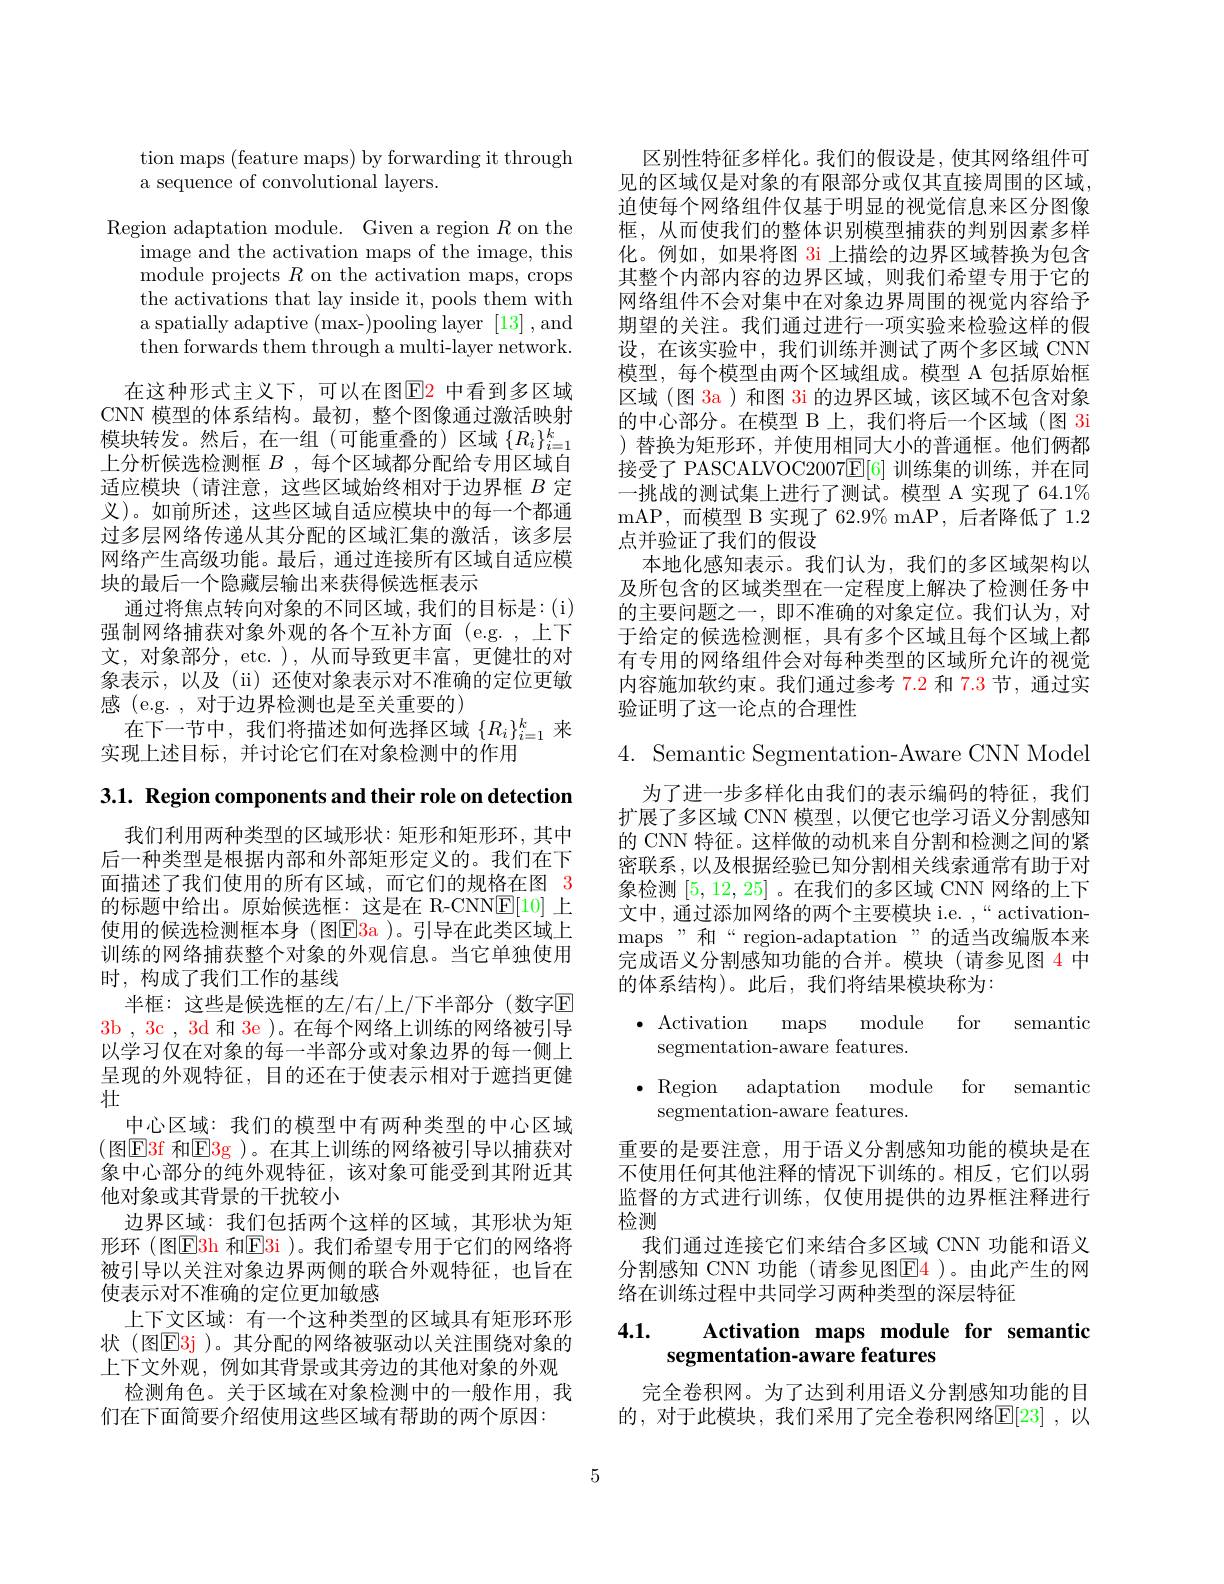
tion maps (feature maps) by forwarding it through
a sequence of convolutional layers.

Region adaptation module. Given a region $R$ on the
image and the activation maps of the image, this module projects $R$ on the activation maps, crops the activations that lay inside it, pools them with a spatially adaptive (max-)pooling layer [13],and then forwards them through a multi-layer network.
在这种形式主义下，可以在图$\color{red}{\mathrm{E}}\color{blue}{\mathrm{P}}$中看到多区域CNN 模型的体系结构。最初，整个图像通过激活映射模块转发。然后，在一组(可能重叠的)区域$\{R_i\}_i=1^k$ 上分析候选检测框$B$ ,每个区域都分配给专用区域自适应模块(请注意，这些区域始终相对于边界框$B$定义)。如前所述，这些区域自适应模块中的每一个都通过多层网络传递从其分配的区域汇集的激活，该多层网络产生高级功能。最后，通过连接所有区域自适应模块的最后一个隐藏层输出来获得候选框表示
通过将焦点转向对象的不同区域，我们的目标是：(i) 强制网络捕获对象外观的各个互补方面(e.g. ,上下文，对象部分，etc. ), 从而导致更丰富，更健壮的对象表示，以及(ii)还使对象表示对不准确的定位更敏感 (e.g. , 对于边界检测也是至关重要的)
在下一节中，我们将描述如何选择区域$\{R_i\}_{i=1}^k$来
实现上述目标，并讨论它们在对象检测中的作用

3.1. Region components and their role on detection

我们利用两种类型的区域形状：矩形和矩形环，其中后一种类型是根据内部和外部矩形定义的。我们在下面描述了我们使用的所有区域，而它们的规格在图 3的标题中给出。原始候选框：这是在 R-CNN$\underline{\mathrm{E}}[10]$上使用的候选检测框本身(图E3a)。引导在此类区域上训练的网络捕获整个对象的外观信息。当它单独使用时，构成了我们工作的基线
半框：这些是候选框的左/右/上/下半部分(数字$\mathbb{E}$ 3b , 3c , 3d 和 3e )。在每个网络上训练的网络被引导以学习仅在对象的每一半部分或对象边界的每一侧上呈现的外观特征，目的还在于使表示相对于遮挡更健壮
中心区域：我们的模型中有两种类型的中心区域(图$\color{red}{\mathrm{E3f}}$ 和$\color{red}{\mathrm{E3g}}$)。在其上训练的网络被引导以捕获对象中心部分的纯外观特征，该对象可能受到其附近其他对象或其背景的干扰较小
边界区域：我们包括两个这样的区域，其形状为矩形环 (图$\mathbb{E}$3h 和$\mathbb{E}$3i )。我们希望专用于它们的网络将被引导以关注对象边界两侧的联合外观特征，也旨在使表示对不准确的定位更加敏感
上下文区域：有一个这种类型的区域具有矩形环形状 (图$\mathbb{E}$3j )。其分配的网络被驱动以关注围绕对象的上下文外观，例如其背景或其旁边的其他对象的外观
检测角色。关于区域在对象检测中的一般作用，我
们在下面简要介绍使用这些区域有帮助的两个原因：

区别性特征多样化。我们的假设是，使其网络组件可见的区域仅是对象的有限部分或仅其直接周围的区域迫使每个网络组件仅基于明显的视觉信息来区分图像框，从而使我们的整体识别模型捕获的判别因素多样化。例如，如果将图 3i 上描绘的边界区域替换为包含其整个内部内容的边界区域，则我们希望专用于它的网络组件不会对集中在对象边界周围的视觉内容给予期望的关注。我们通过进行一项实验来检验这样的假设，在该实验中，我们训练并测试了两个多区域 CNN 模型，每个模型由两个区域组成。模型 A 包括原始框区域 (图 3a ) 和图 3i 的边界区域，该区域不包含对象的中心部分。在模型 B 上，我们将后一个区域(图 3i )替换为矩形环，并使用相同大小的普通框。他们俩都接受了 PASCALVOC2007$\mathbb{E}[6]$训练集的训练，并在同一挑战的测试集上进行了测试。模型 A 实现了 64.1% mAP,而模型 B 实现了 62.9% mAP, 后者降低了 1.2点并验证了我们的假设
本地化感知表示。我们认为，我们的多区域架构以及所包含的区域类型在一定程度上解决了检测任务中的主要问题之一，即不准确的对象定位。我们认为，对于给定的候选检测框，具有多个区域且每个区域上都有专用的网络组件会对每种类型的区域所允许的视觉内容施加软约束。我们通过参考 7.2 和 7.3 节，通过实验证明了这一论点的合理性

4. Semantic Segmentation-Aware CNN Model

为了进一步多样化由我们的表示编码的特征，我们扩展了多区域 CNN 模型，以便它也学习语义分割感知的 CNN 特征。这样做的动机来自分割和检测之间的紧密联系，以及根据经验已知分割相关线索通常有助于对象检测[5,12,25] 。在我们的多区域 CNN 网络的上下文中，通过添加网络的两个主要模块 i.e. ,“activationmaps"和“region-adaptation”的适当改编版本来完成语义分割感知功能的合并。模块(请参见图 4 中的体系结构)。此后，我们将结果模块称为：

$\bullet$ Activation maps module
for
semantic
segmentation-aware features.
$\bullet$ Region adaptation module for semantic
segmentation-aware features.

重要的是要注意，用于语义分割感知功能的模块是在不使用任何其他注释的情况下训练的。相反，它们以弱监督的方式进行训练，仅使用提供的边界框注释进行检测
我们通过连接它们来结合多区域 CNN 功能和语义分割感知 CNN 功能(请参见图$\color{red}{\mathrm{F4}}$)。由此产生的网络在训练过程中共同学习两种类型的深层特征

## 4.1. Activation maps module for semantic segmentation-aware features

完全卷积网。为了达到利用语义分割感知功能的目的，对于此模块，我们采用了完全卷积网络$\mathbb{E}[23]$ ,以

5